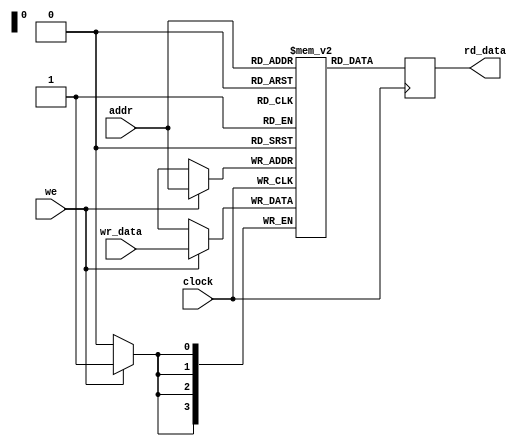
module uut_arrays01(clock, we, addr, wr_data, rd_data);

input clock, we;
input [3:0] addr, wr_data;
output [3:0] rd_data;
reg [3:0] rd_data;

reg [3:0] memory [15:0];

always @(posedge clock) begin
	if (we)
		memory[addr] <= wr_data;
	rd_data <= memory[addr];
end

endmodule